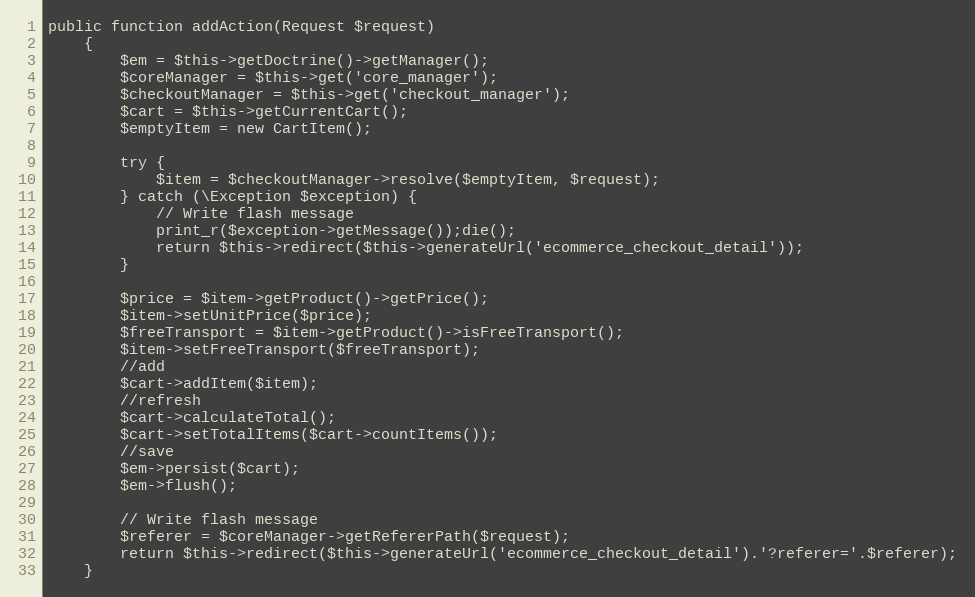
Language: PHP
public function addAction(Request $request)
    {
        $em = $this->getDoctrine()->getManager();
        $coreManager = $this->get('core_manager');
        $checkoutManager = $this->get('checkout_manager');
        $cart = $this->getCurrentCart();
        $emptyItem = new CartItem();

        try {
            $item = $checkoutManager->resolve($emptyItem, $request);
        } catch (\Exception $exception) {
            // Write flash message
            print_r($exception->getMessage());die();
            return $this->redirect($this->generateUrl('ecommerce_checkout_detail'));
        }

        $price = $item->getProduct()->getPrice();
        $item->setUnitPrice($price);
        $freeTransport = $item->getProduct()->isFreeTransport();
        $item->setFreeTransport($freeTransport);
        //add
        $cart->addItem($item);
        //refresh
        $cart->calculateTotal();
        $cart->setTotalItems($cart->countItems());
        //save
        $em->persist($cart);
        $em->flush();

        // Write flash message
        $referer = $coreManager->getRefererPath($request);
        return $this->redirect($this->generateUrl('ecommerce_checkout_detail').'?referer='.$referer);
    }